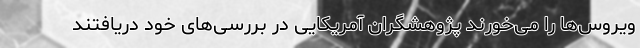
ویروس‌ها را می‌خورند پژوهشگران آمریکایی در بررسی‌های خود دریافتند